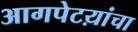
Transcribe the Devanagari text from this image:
आगपेटय़ांचा